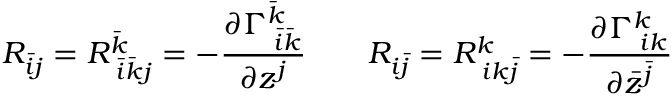
R _ { { \bar { i } } j } = R _ { \; { \bar { i } } { \bar { k } } j } ^ { \bar { k } } = - { \frac { \partial \Gamma _ { \; { \bar { i } } { \bar { k } } } ^ { \bar { k } } } { \partial z ^ { j } } } \qquad R _ { i { \bar { j } } } = R _ { \; i k { \bar { j } } } ^ { k } = - { \frac { \partial \Gamma _ { \; i k } ^ { k } } { \partial { \bar { z } } ^ { \bar { j } } } }